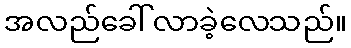
အလည်ခေါ် လာခဲ့လေသည်။